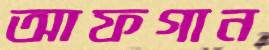
আফগান